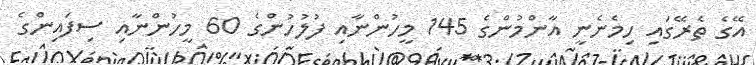
އޭގެ ތެރޭގައި ހިމެނެނީ އާންމުންގެ 145 މީހުންނާއި ފުލުހުންގެ 60 މީހުންނާއި ސިފައިންގެ